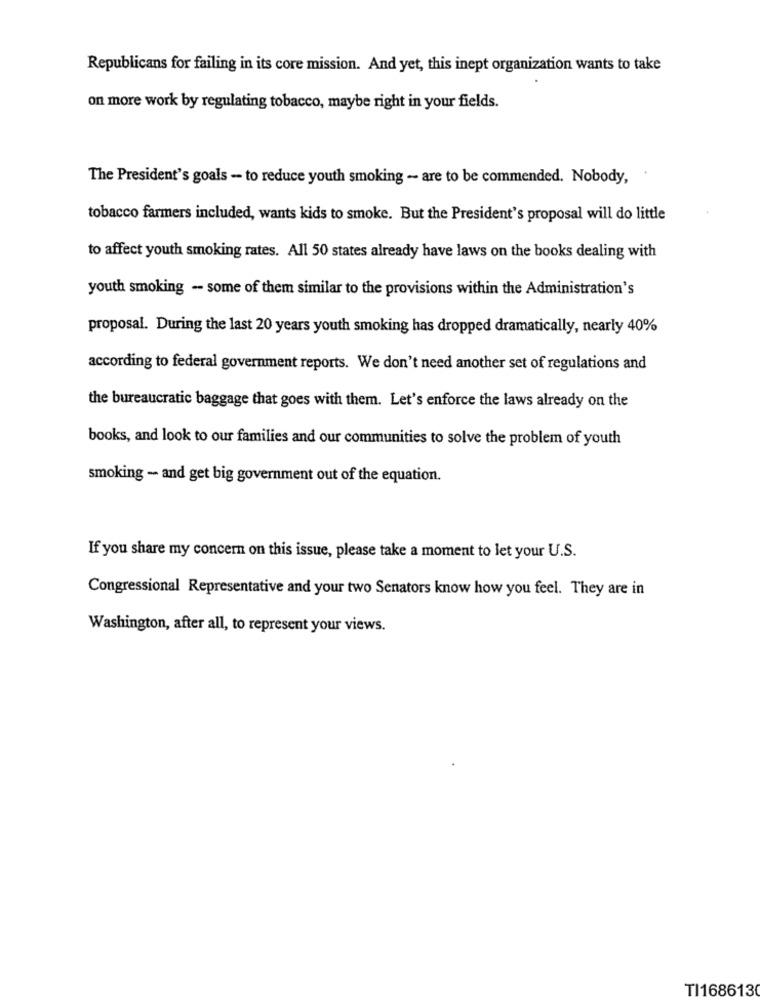
Republicans for failing in its core mission. And yet, this inept organization wants to take
on more work by regulating tobacco, maybe right in your fields.
The President's goals -- to reduce youth smoking - are to be commended. Nobody,
tobacco farmers included, wants kids to smoke. But the President's proposal will do little
to affect youth smoking rates. All 50 states already have laws on the books dealing with
youth smoking - some of them similar to the provisions within the Administration's
proposal. During the last 20 years youth smoking has dropped dramatically, nearly 40%
according to federal government reports. We don't need another set of regulations and
the bureaucratic baggage that goes with them. Let's enforce the laws already on the
books, and look to our families and our communities to solve the problem of youth
smoking - and get big government out of the equation.
If you share my concern on this issue, please take a moment to let your U.S.
Congressional Representative and your two Senators know how you feel. They are in
Washington, after all, to represent your views.
TI1686130